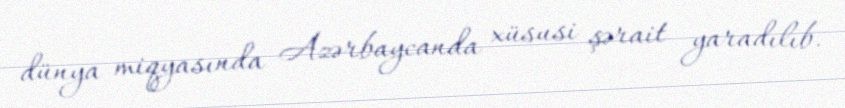
dünya miqyasında Azərbaycanda xüsusi şərait yaradılıb.